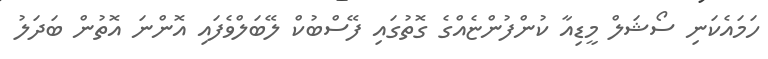
ހަމައެކަނި ސޯޝަލް މީޑިއާ ކުންފުންޏެއްގެ ގޮތުގައި ފޭސްބުކް ލޭބަލްވެފައި އޮންނަ އޮތުން ބަދަލު